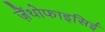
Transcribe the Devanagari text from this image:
ज़ैंथोफाइसिई